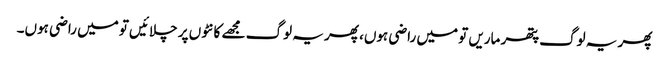
پھر یہ لوگ پتھر ماریں تو میں راضی ہوں، پھر یہ لوگ مجھے کانٹوں پر چلائیں تو میں راضی ہوں۔